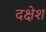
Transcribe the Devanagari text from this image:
दक्षेश